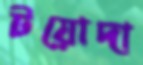
টয়োদা